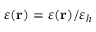
\varepsilon ( { \bf r } ) = \varepsilon ( { \bf r } ) / \varepsilon _ { h }